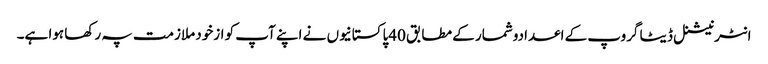
انٹرنیشنل ڈیٹا گروپ کے اعدادوشمار کے مطابق 40پاکستانیوں نے اپنے آپ کو ازخود ملازمت پہ رکھا ہوا ہے۔